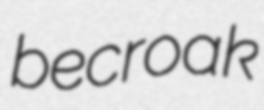
becroak